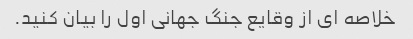
خلاصه ای از وقایع جنگ جهانی اول را بیان کنید.